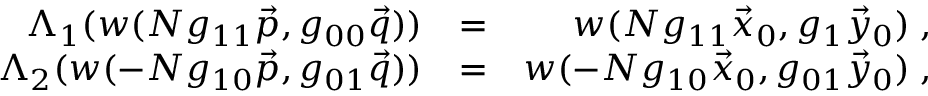
\begin{array} { r l r } { \Lambda _ { 1 } ( w ( N g _ { 1 1 } \vec { p } , g _ { 0 0 } \vec { q } ) ) } & { = } & { w ( N g _ { 1 1 } \vec { x } _ { 0 } , g _ { 1 } \vec { y } _ { 0 } ) \; , } \\ { \Lambda _ { 2 } ( w ( - N g _ { 1 0 } \vec { p } , g _ { 0 1 } \vec { q } ) ) } & { = } & { w ( - N g _ { 1 0 } \vec { x } _ { 0 } , g _ { 0 1 } \vec { y } _ { 0 } ) \; , } \end{array}